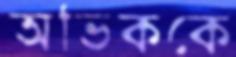
অভিককে